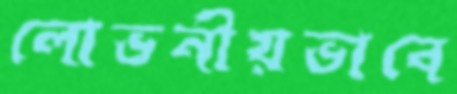
লোভনীয়ভাবে